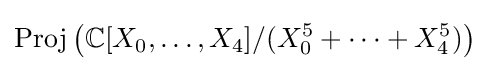
\operatorname {Proj} \left(\mathbb {C} [X_{0},\ldots ,X_{4}]/(X_{0}^{5}+\cdots +X_{4}^{5})\right)